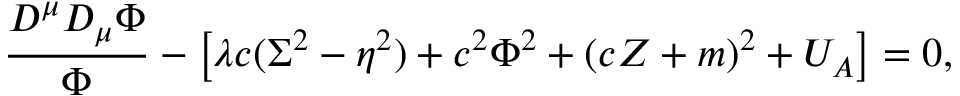
\frac { D ^ { \mu } D _ { \mu } \Phi } \Phi - \left[ \lambda c ( \Sigma ^ { 2 } - \eta ^ { 2 } ) + c ^ { 2 } \Phi ^ { 2 } + ( c Z + m ) ^ { 2 } + U _ { A } \right] = 0 ,